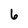
Character: 6